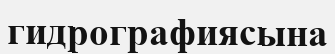
гидрографиясына